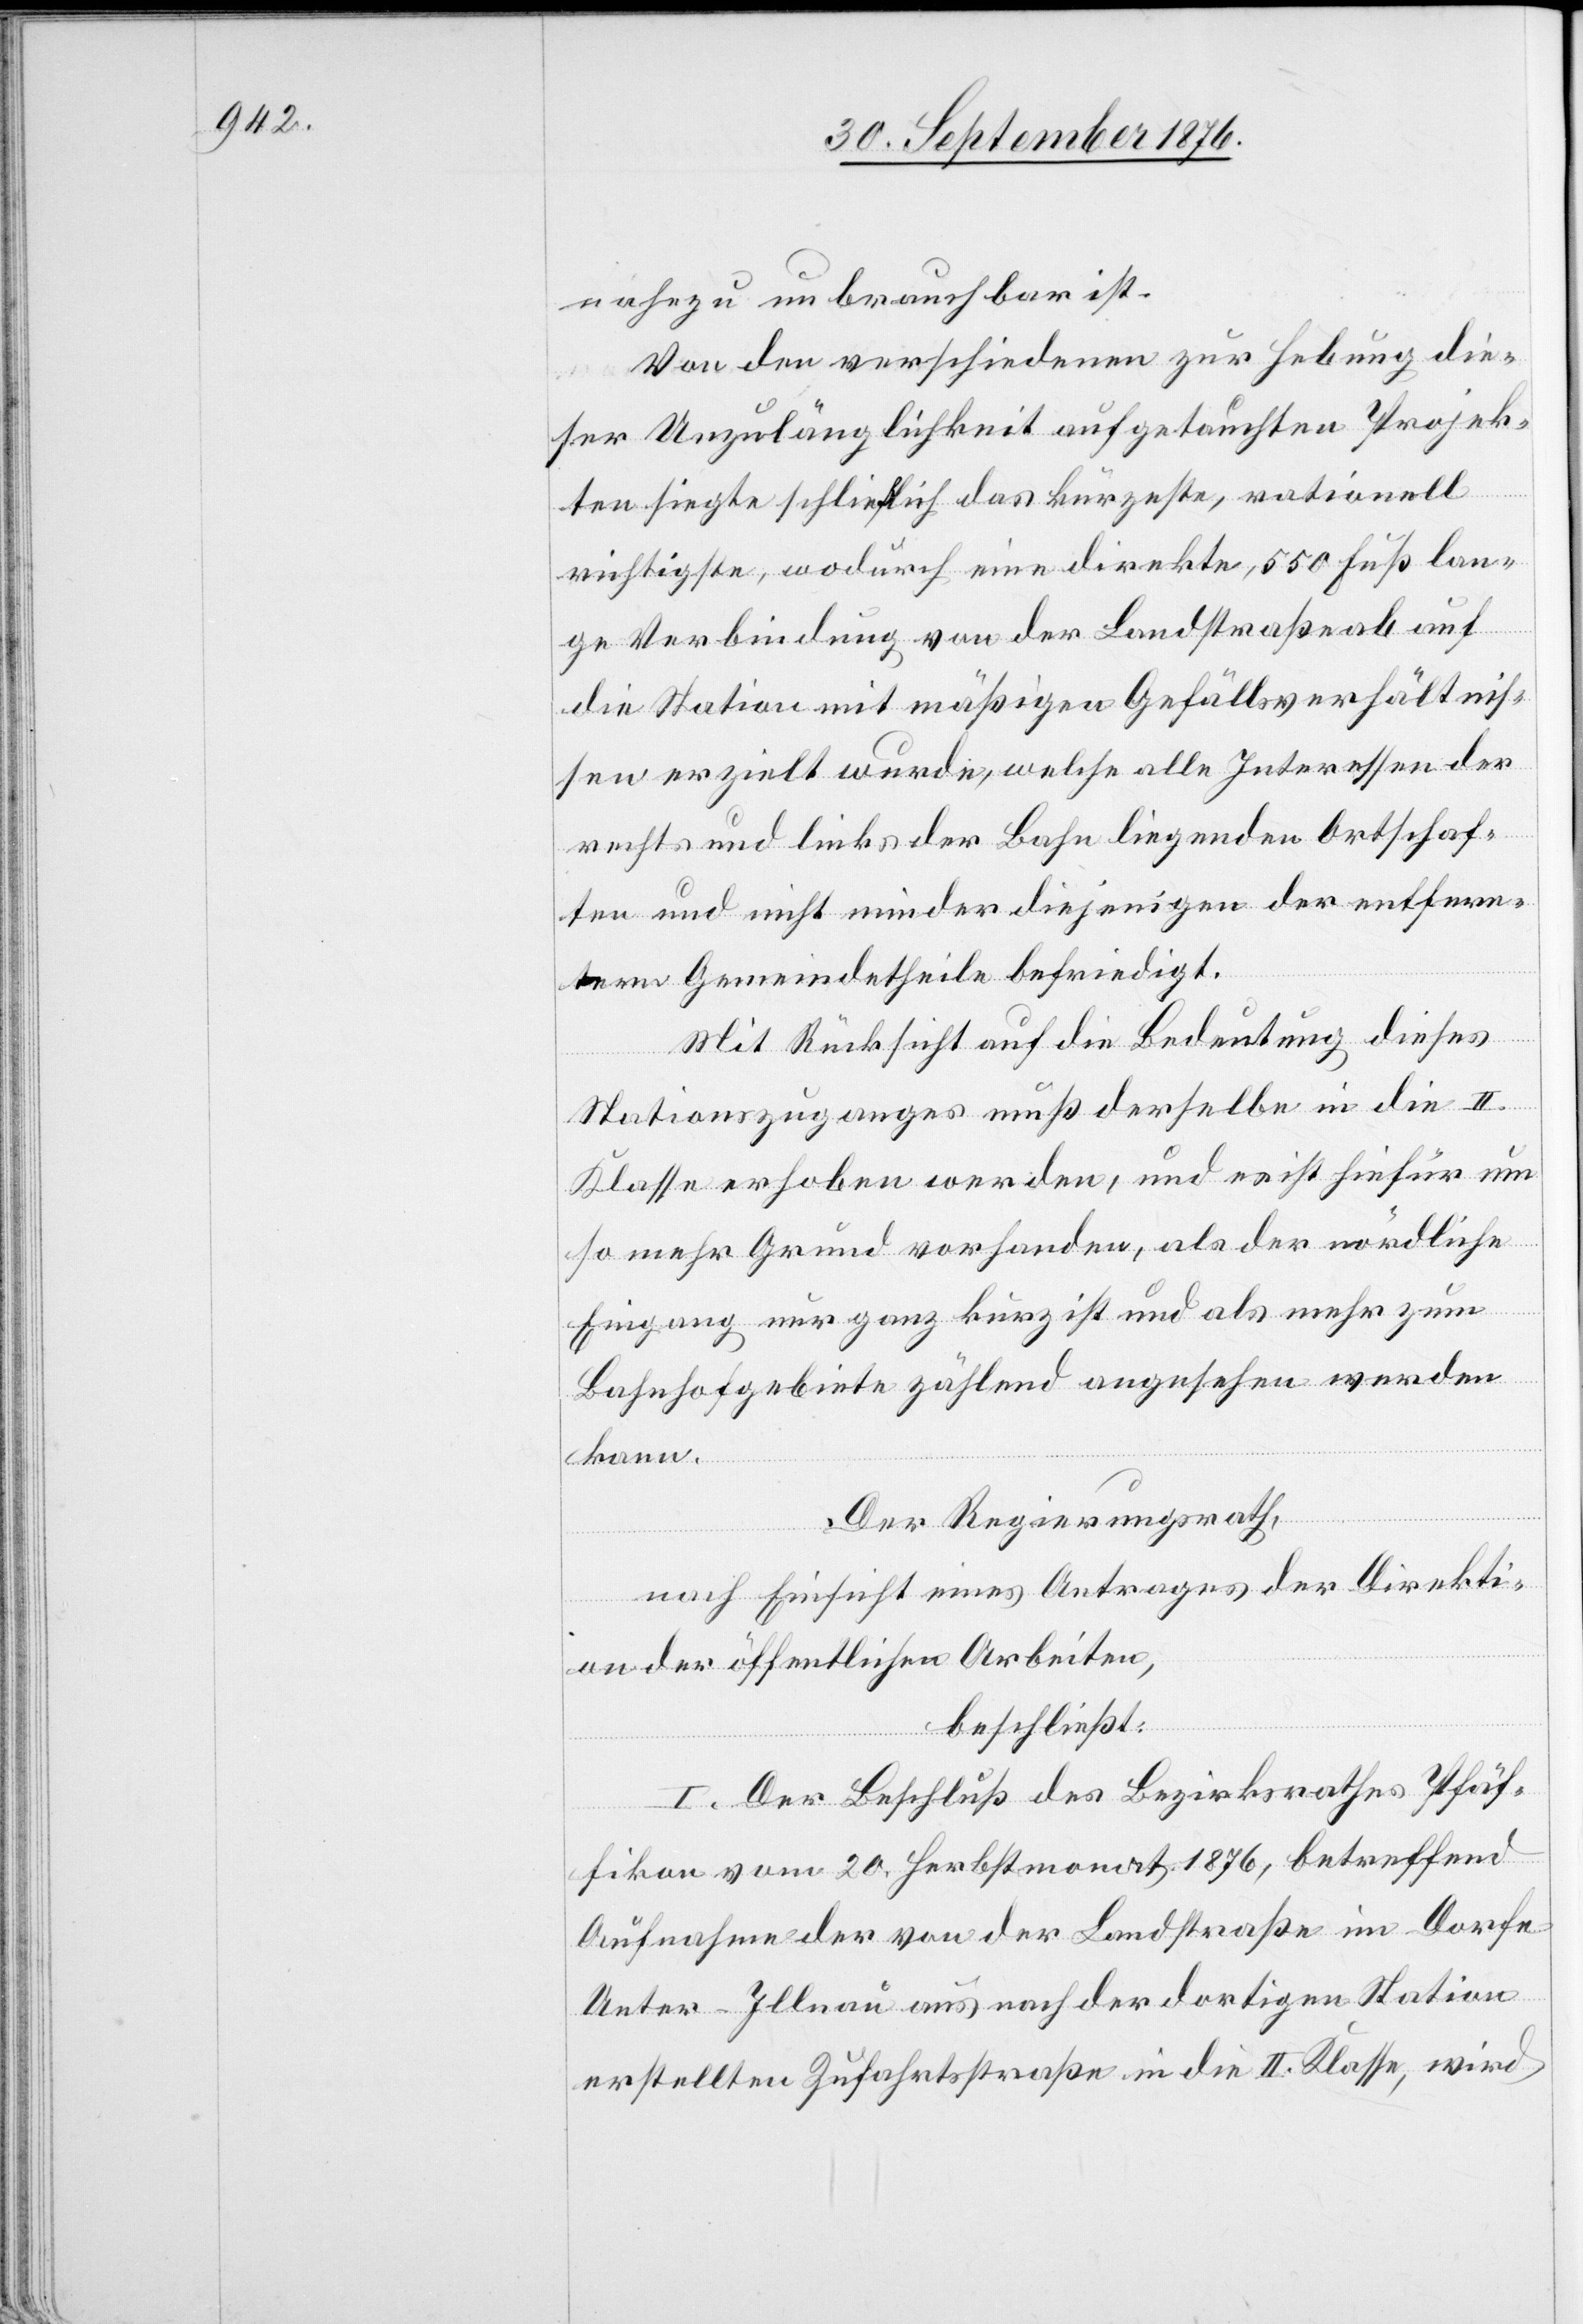
nahezu unbrauchbar ist.
Von den verschiedenen zu Hebung die¬
ser Unzulänglichkeit aufgetauchten Projek¬
te siegte schließlich das kürzeste, rationell
richtigste, wodurch eine direkte, 550 Fuß lan¬
ge Verbindung von der Landstraße ab auf
die Station mit mäßigen Gefällsverhältnis¬
sen erzielt wurde, welche alle Interessen der
rechts und links der Bahn liegenden Ortschaf¬
ten und nicht minder diejenigen der entfern¬
tern Gemeindetheile befriedigt.
Mit Rücksicht auf die Bedeutung dieses
Stationszuganges muß derselbe in die II.
Klasse erhoben werden, und es ist hiefür um
so mehr Grund vorhanden, als der nördliche
Eingang nur ganz kurz ist und als mehr zum
Bahnhofgebiete zählend angesehen werden
kann.
Der Regierungsrath,
nach Einsicht eines Antrages der Direkti¬
on der öffentlichen Arbeiten,
beschließt:
I. Der Beschluß des Bezirksrathes Pfäf¬
fikon vom 20. Herbstmonat 1876, betreffend
Aufnahme der von der Landstraße im Dorfe
Unter-Illnau aus nach der dortigen Station
erstellten Zufahrtsstraße in die II. Klasse, wird